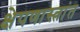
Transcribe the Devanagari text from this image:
क्षेपणास्त्रांत